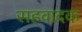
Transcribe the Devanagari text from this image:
सहवादक